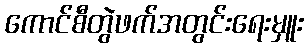
ကောင်စီတွဲဖက်အတွင်းရေးမှူး